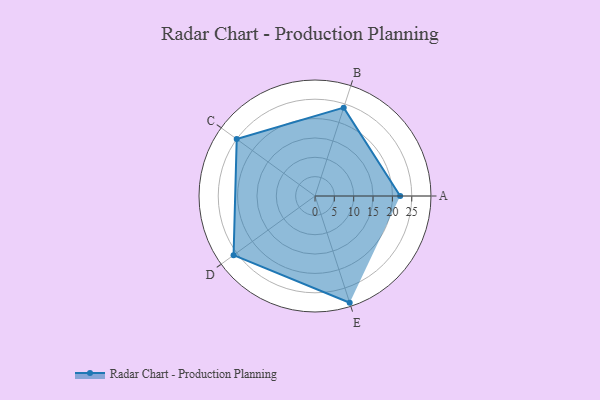
{"axis": {"x": "Skill", "y": "Score"}, "legend": ["Profile"], "data": [{"x": "A", "y": 22.0, "type": "Profile"}, {"x": "B", "y": 24.0, "type": "Profile"}, {"x": "C", "y": 25.0, "type": "Profile"}, {"x": "D", "y": 26.0, "type": "Profile"}, {"x": "E", "y": 29.0, "type": "Profile"}]}